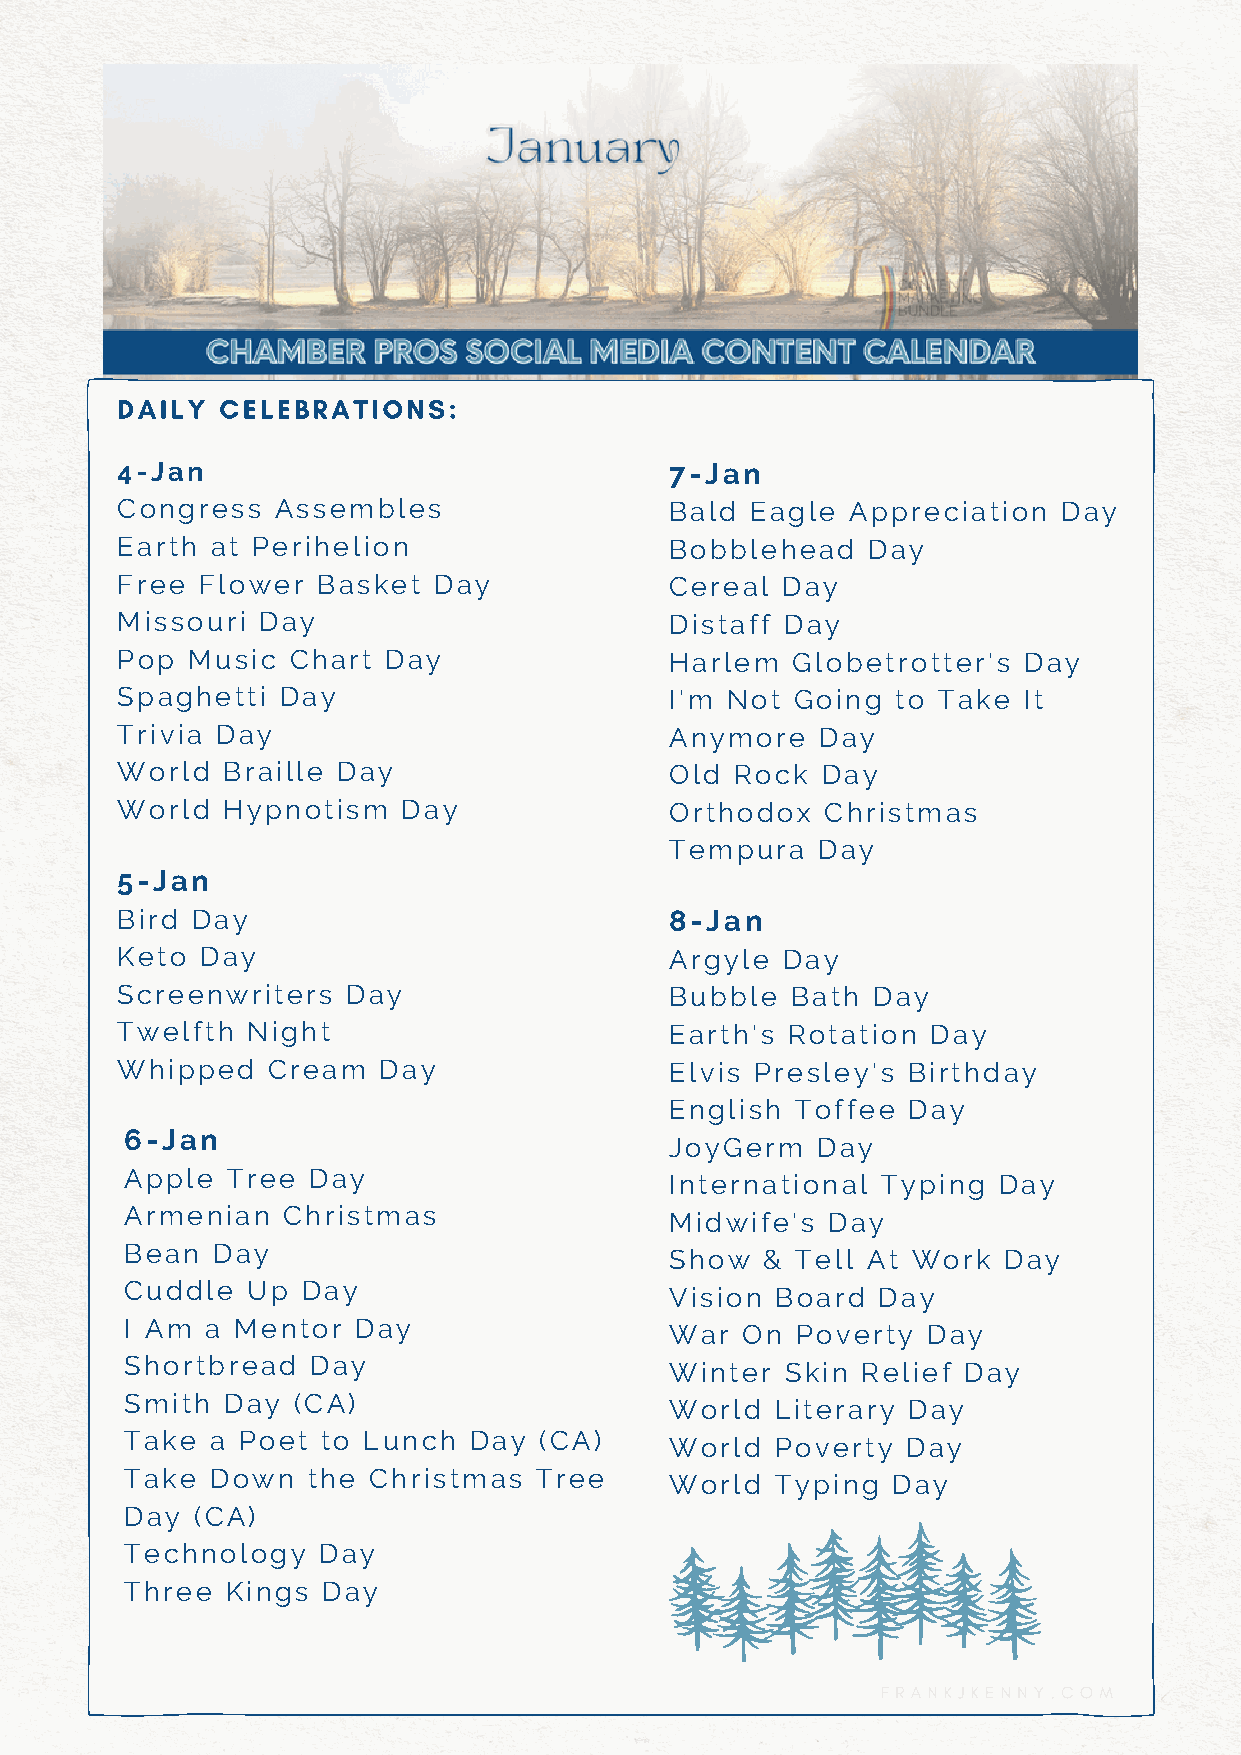
DAILY  CELEBRATIONS:
 4-Jan                               7-Jan
 Congress  Assembles                 Bald  Eagle Appreciation  Day
 Earth at Perihelion                 Bobblehead   Day
 Free Flower  Basket  Day            Cereal  Day
 Missouri Day                        Distaff Day
 Pop Music  Chart Day                Harlem  Globetrotter's  Day
 Spaghetti  Day                      I'm Not  Going to Take  It
 Trivia Day                          Anymore   Day
 World  Braille Day                  Old  Rock Day
 World  Hypnotism   Day              Orthodox   Christmas
 Tempura   Day
 5-Jan
 Bird Day                            8-Jan
 Keto Day                            Argyle  Day
 Screenwriters  Day                  Bubble  Bath  Day
 Twelfth Night                       Earth's Rotation  Day
 Whipped   Cream  Day                Elvis Presley's Birthday
 English  Toffee Day
 6-Jan
 JoyGerm   Day
 Apple  Tree Day
 International Typing  Day
 Armenian   Christmas
 Midwife's  Day
 Bean  Day
 Show   & Tell At Work Day
 Cuddle  Up  Day
 Vision Board  Day
 I Am  a Mentor  Day
 War  On  Poverty Day
 Shortbread   Day
 Winter  Skin Relief Day
 Smith  Day (CA)
 World  Literary Day
 Take  a Poet to Lunch  Day  (CA)
 World  Poverty  Day
 Take  Down  the Christmas  Tree
 World  Typing  Day
 Day  (CA)
 Technology   Day
 Three  Kings Day
 FRANKJKENNY.COM